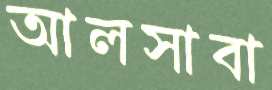
আলসাবা